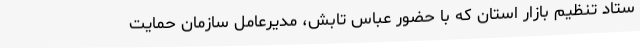
ستاد تنظیم بازار استان که با حضور عباس تابش، مدیرعامل سازمان حمایت